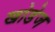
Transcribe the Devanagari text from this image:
खोडेज